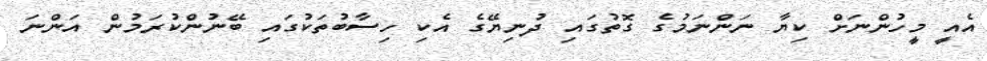
އެއީ މީހުންނަށް ކިޔާ ނަންނަމުގެ ގޮތުގައި ދުނިޔޭގެ އެކި ހިސާބުތަކުގައި ބޭނުންކުރަމުން އަންނަ